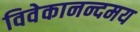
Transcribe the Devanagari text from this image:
विवेकानन्दमय